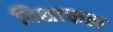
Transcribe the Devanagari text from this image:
विशाक्तता